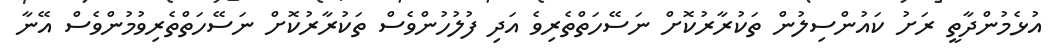
އުޅެމުންދާތީ ރަށު ކައުންސިލުން ތަކުރާރުކޮށް ނަސޭހަތްތެރިވެ އަދި ފުލުހުންވެސް ތަކުރާރުކޮށް ނަސޭހަތްތެރިވުމުންވެސް އޭނާ